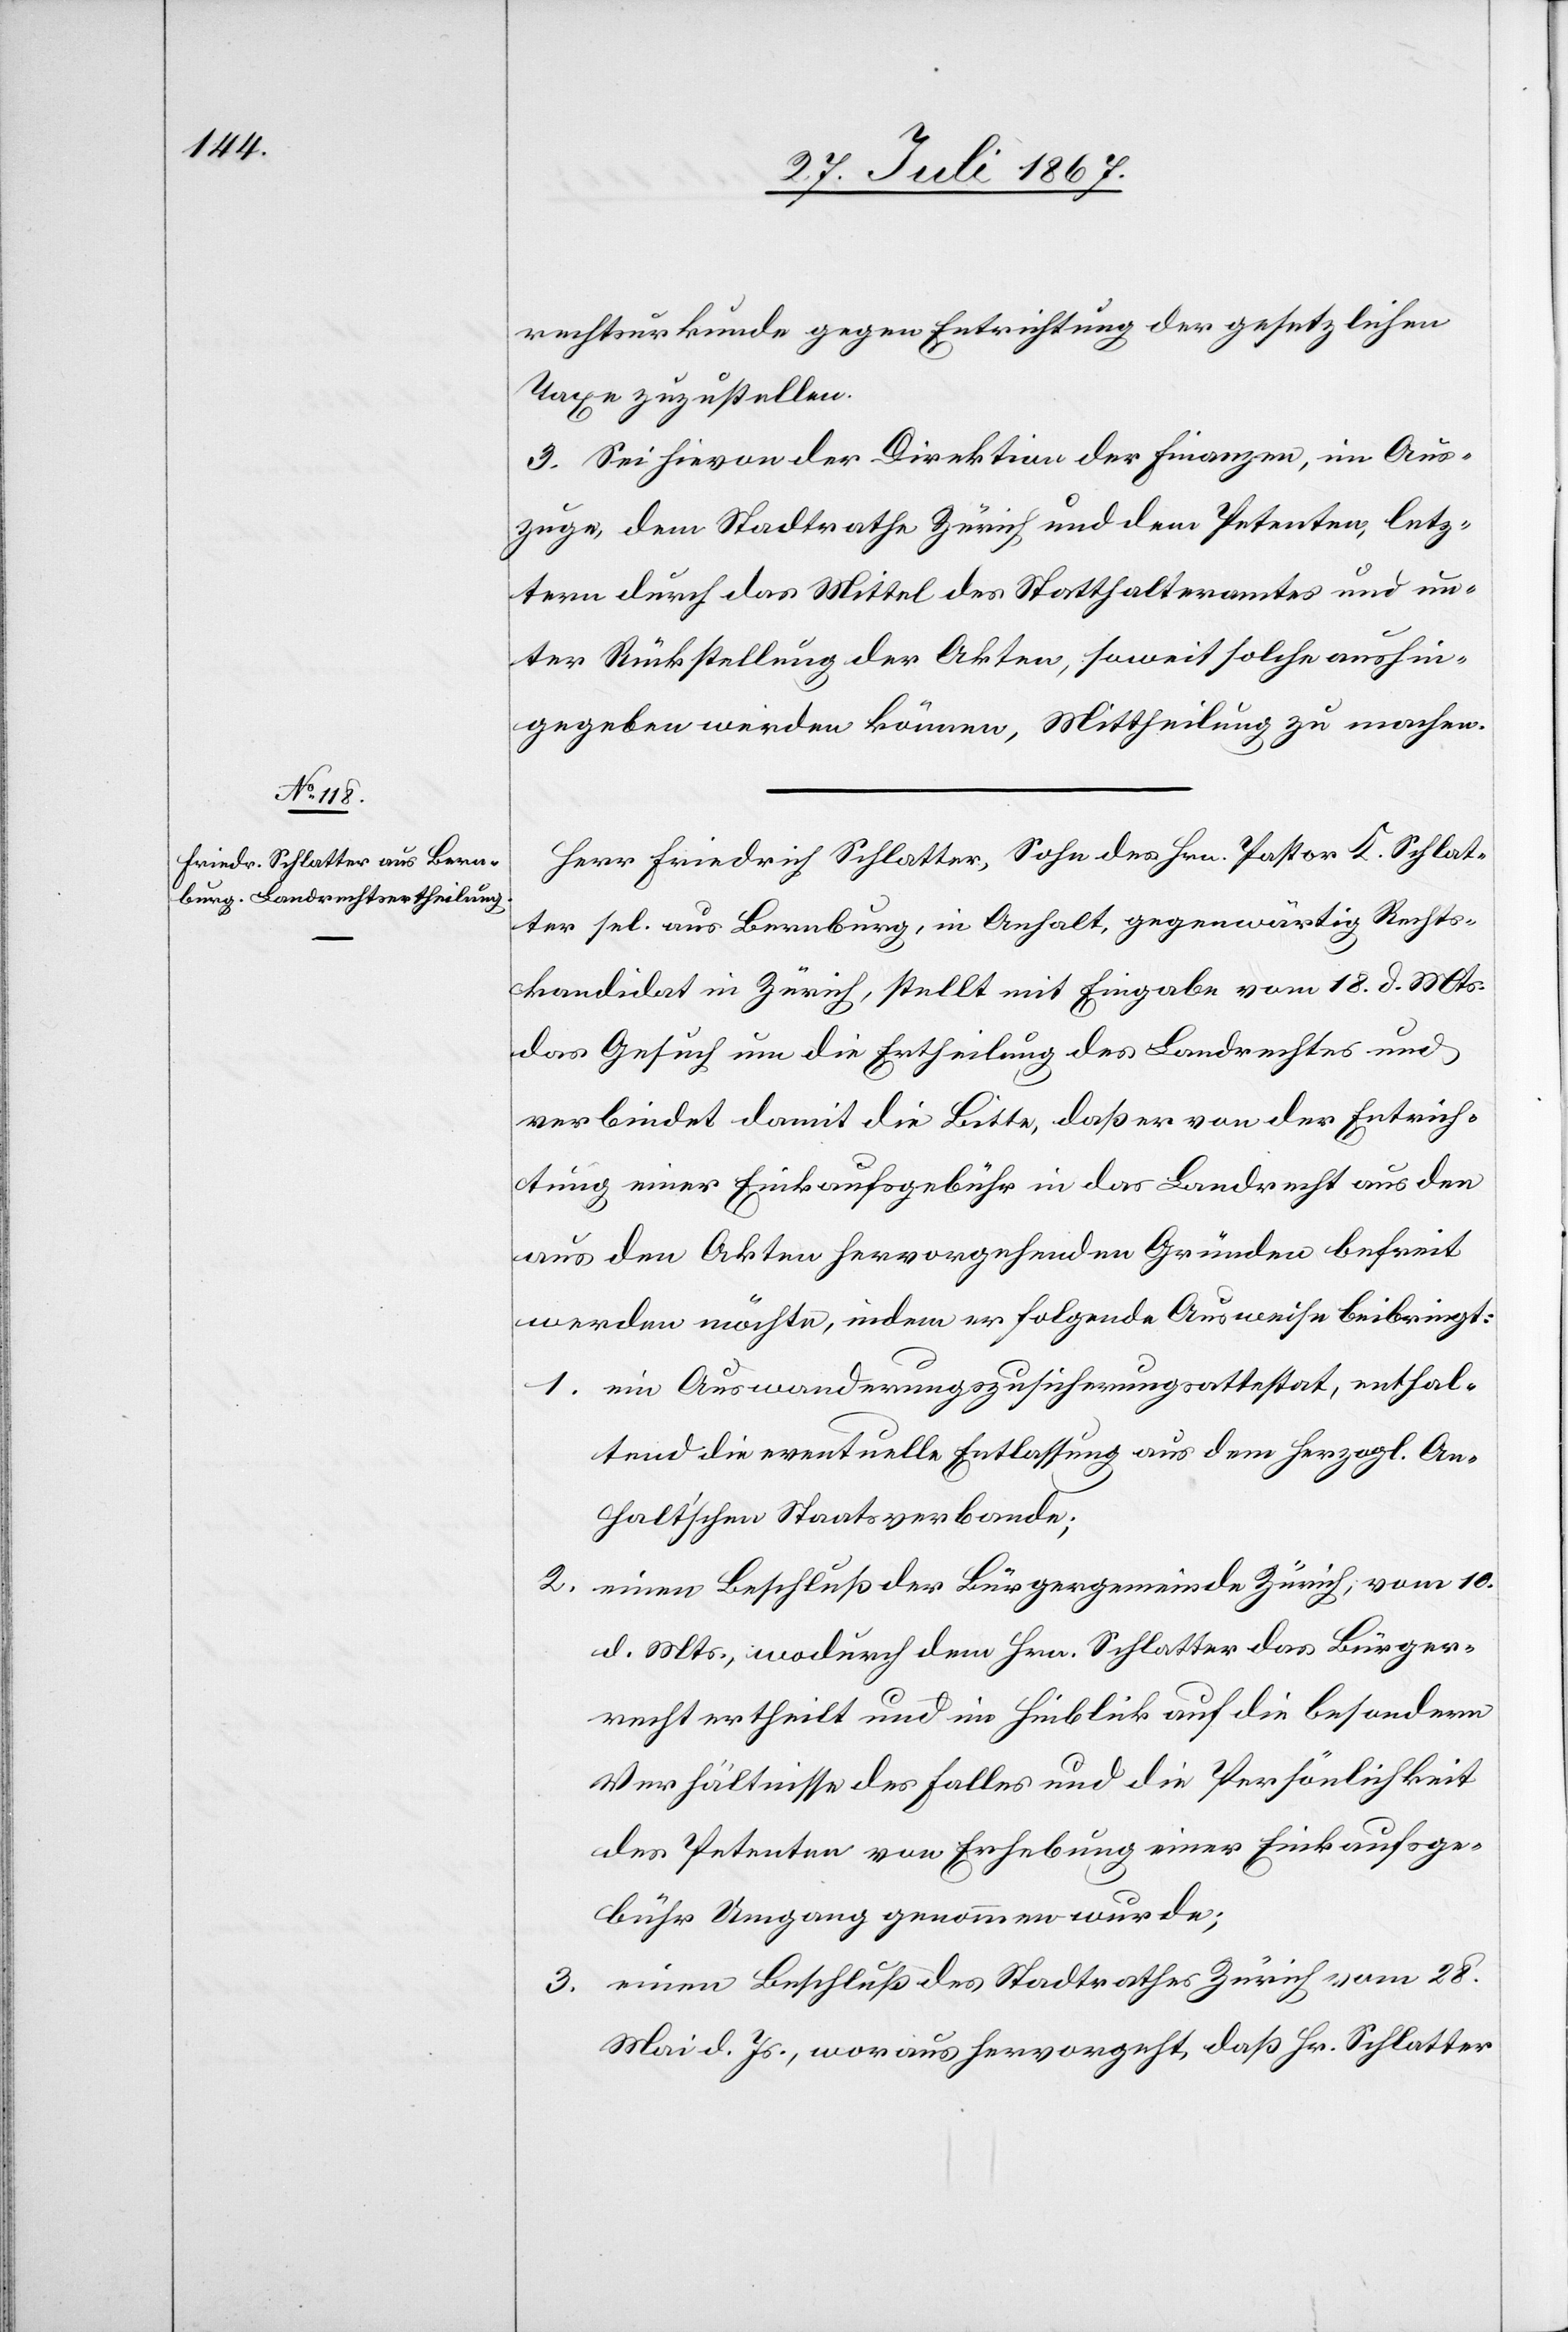
rechtsurkunde gegen Entrichtung der gesetzlichen
Taxe zuzustellen.
3. Sei hievon der Direktion der Finanzen, im Aus¬
zuge, dem Stadtrathe Zürich und dem Petenten, letz¬
term durch das Mittel des Statthalteramtes und un¬
ter Rücksendung der Akten, soweit solche aushin¬
gegeben werden können, Mittheilung zu machen.
Herr Friedrich Schlatter, Sohn des Hrn. Pastor K. Schlat¬
ter sel. aus Bernburg, in Anhalt, gegenwärtig Rechts¬
kandidat in Zürich, stellt mit Eingabe vom 18. d. Mts.
das Gesuch um die Ertheilung des Landrechtes und
verbindet damit die Bitte, daß er von der Entrich¬
tung einer Einkaufsgebühr in das Landrecht aus den
aus den Akten hervorgehenden Gründen befreit
werden möchte, indem er folgende Ausweise beibringt:
1. ein Auswanderungszusicherungsattestat, enthal¬
tend die eventuelle Entlassung aus dem Herzogl. An¬
haltischen Staatsverbande;
2. einen Beschluß der Bürgergemeinde Zürich, vom 10.
d. Mts., wodurch dem Hrn. Schlatter das Bürger¬
recht ertheilt und im Hinblick auf die besondern
Verhältnisse des Falles und die Persönlichkeit
des Petenten von Erhebung einer Einkaufsge¬
bühr Umgang genommen wurde;
3. einen Beschluß des Stadtrathes Zürich vom 28.
Mai d. Js., woraus hervorgeht, daß Hr. Schlatter